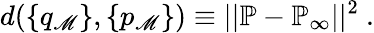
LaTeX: d(\{ q_{\mathscr{M}}\} ,\{ p_{\mathscr{M}}\} )\equiv||{\mathbb{{P}}}-{\mathbb{{P}}_{\infty}}||^{2}\ .